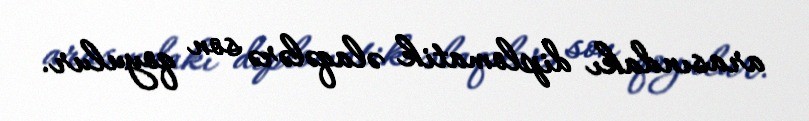
arasındakı diplomatik əlaqələrə son qoyulur.